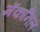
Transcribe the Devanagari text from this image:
मॅकनिल